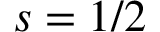
s = 1 / 2